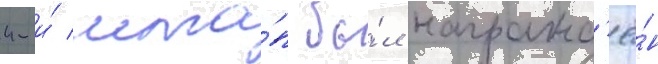
4-и́ мта́п бы́л награжд'ё́н